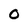
Character: 0